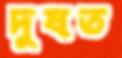
দুষত